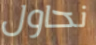
نحاول